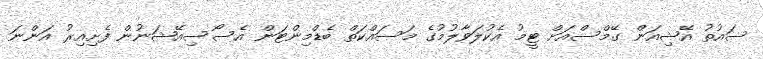
ސައުތު އޭޝިއަން ގޭމްސްއަށް ޓީމު އެކުލަވާލުމުގެ މަސައްކަތް ބެޑްމިންޓަން އެސޯސިއޭޝަނުން ފެށިއިރު އަންނަ